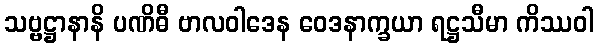
သဗ္ဗဋ္ဌာနာနိ ပဏိဓီ ဗာလဝါဒေန ဝေဒနာက္ခယာ ရဋ္ဌသီမာ ကိဿဝါ